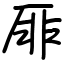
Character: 厞